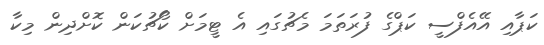
ކަޕާއި އޭއެފްސީ ކަޕްގެ ފުރަތަމަ މެޗުގައި އެ ޓީމަށް ކޯޗުކަން ކޮށްދިން މިކާ